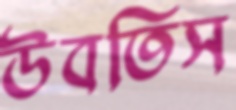
উবতিস